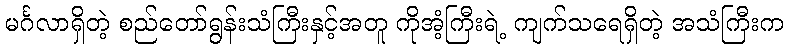
မင်္ဂလာရှိတဲ့ စည်တော်ရွန်းသံကြီးနှင့်အတူ ကိုအံ့ကြီးရဲ့ ကျက်သရေရှိတဲ့ အသံကြီးက